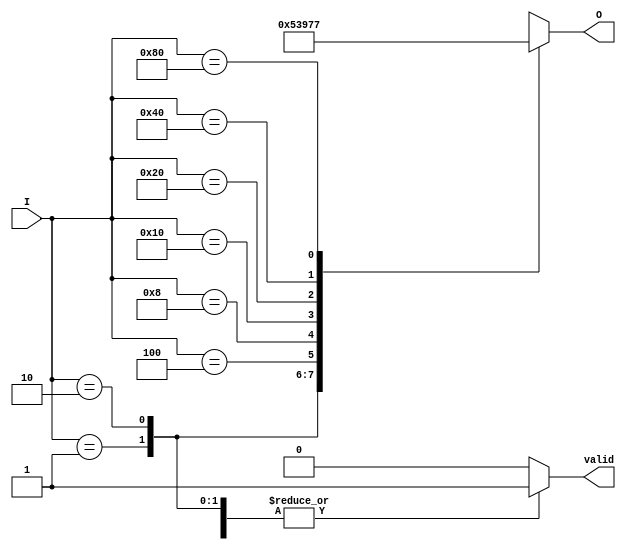
module octal_to_binary_encoder (
    input wire [7:0] I,      // 8 input lines I0 to I7
    output reg [2:0] O,      // 3-bit binary output O2, O1, O0
    output reg valid          // Valid output signal
);

// Combinational logic to encode inputs to binary
always @(*) begin
    // Default values
    O = 3'bxxx;  // Setting to invalid state
    valid = 1'b0; // Default to invalid

    // Check for active inputs
    case (I)
        8'b00000001: begin O = 3'b000; valid = 1'b1; end // I0
        8'b00000010: begin O = 3'b001; valid = 1'b1; end // I1
        8'b00000100: begin O = 3'b010; valid = 1'b1; end // I2
        8'b00001000: begin O = 3'b011; valid = 1'b1; end // I3
        8'b00010000: begin O = 3'b100; valid = 1'b1; end // I4
        8'b00100000: begin O = 3'b101; valid = 1'b1; end // I5
        8'b01000000: begin O = 3'b110; valid = 1'b1; end // I6
        8'b10000000: begin O = 3'b111; valid = 1'b1; end // I7
        default: begin
            O = 3'bxxx; // Invalid state
            valid = 1'b0; // Invalid output
        end
    endcase
end

endmodule